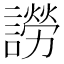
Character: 䜎